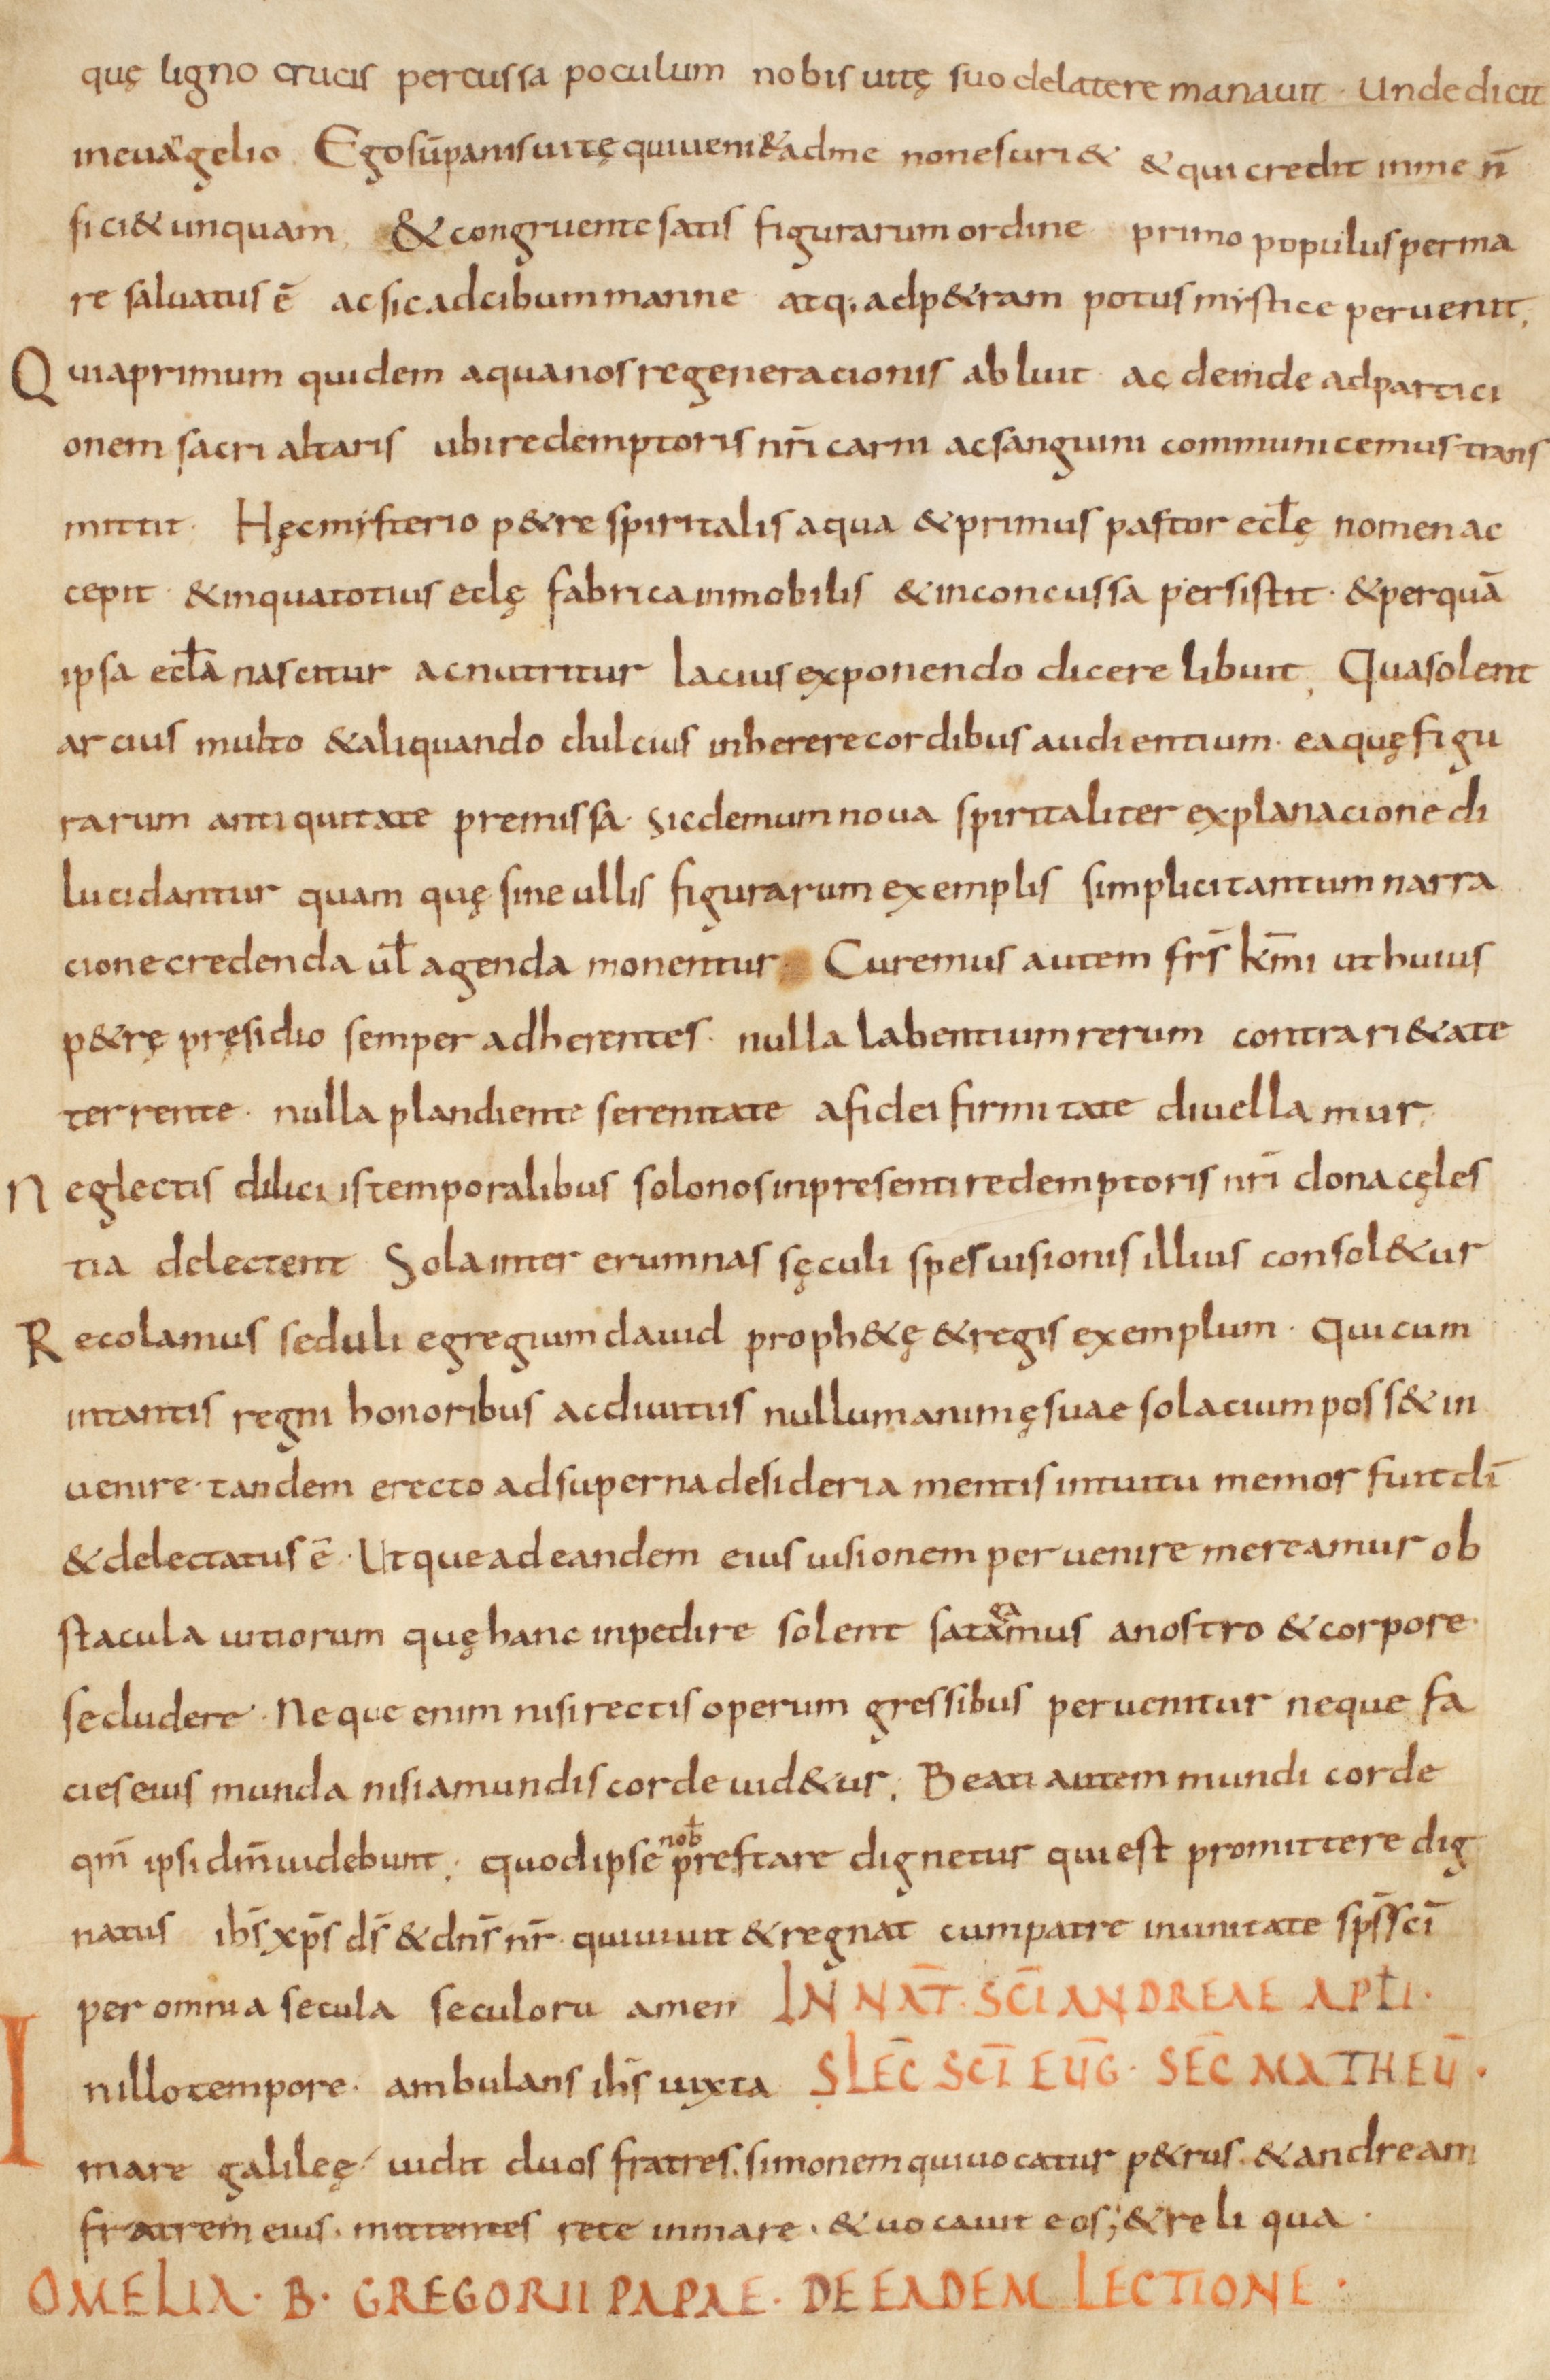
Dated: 800–999